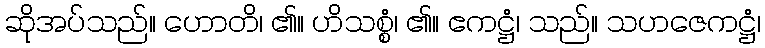
ဆိုအပ်သည်။ ဟောတိ၊ ၏။ ဟိသစ္စံ၊ ၏။ ဧကဋ္ဌံ၊ သည်။ သဟဇေကဋ္ဌံ၊